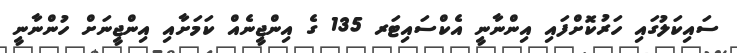
ސައިކަލުގައި ހަރުކޮށްފައި އިންނާނީ އެކްސައިޓަރ 135 ގެ އިންޖީނެއް ކަމަށާއި އިންޖީނަށް ހުންނާނީ